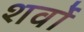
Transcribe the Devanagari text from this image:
शर्वो